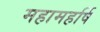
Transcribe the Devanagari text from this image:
महामहर्षि